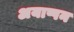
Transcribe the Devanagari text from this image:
अयाप्पन